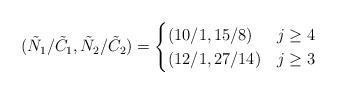
LaTeX: \begin{align*}(\tilde{N}_1/\tilde{C}_1,\tilde{N}_2/\tilde{C}_2)=\begin{cases}(10/1,15/8) & j\ge 4 \\(12/1,27/14) & j\ge 3 \\\end{cases}\end{align*}